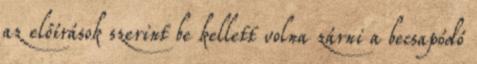
az előírások szerint be kellett volna zárni a becsapódó